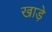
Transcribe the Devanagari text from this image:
खाड़े